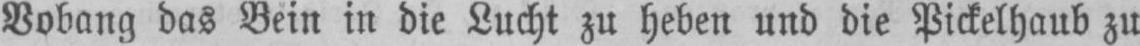
Vobang das Bein in die Lucht zu heben und die Pickelhaub zu